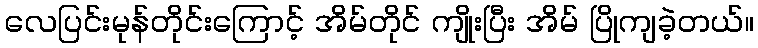
လေပြင်းမုန်တိုင်းကြောင့် အိမ်တိုင် ကျိုးပြီး အိမ် ပြိုကျခဲ့တယ်။